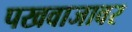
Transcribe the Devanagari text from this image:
पखवाजावर